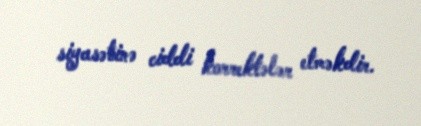
siyasətinə ciddi korrektələr etməkdir.